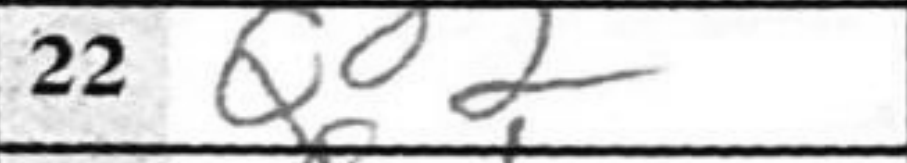
Transcription: Qd2